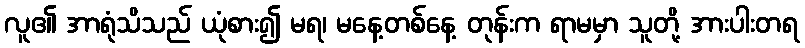
လူ၏ အာရုံသိသည် ယုံစား၍ မရ၊ မနေ့တစ်နေ့ တုန်းက ရာမမှာ သူတို့ အားပါးတရ